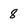
Character: 8